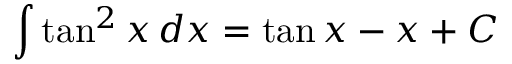
\int \tan ^ { 2 } { x } \, d x = \tan { x } - x + C